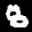
Label: 8